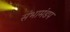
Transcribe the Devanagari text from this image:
संभामंडप